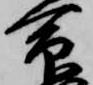
命